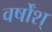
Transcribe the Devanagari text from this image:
वर्षोंश्